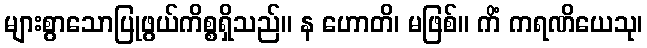
များစွာသောပြုဖွယ်ကိစ္စရှိသည်။ န ဟောတိ၊ မဖြစ်။ ကိံ ကရဏိယေသု၊